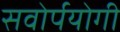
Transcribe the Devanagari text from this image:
सवोर्पयोगी